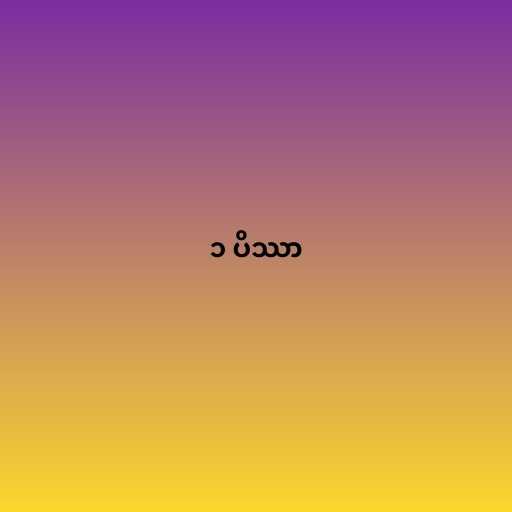
၁ ပိဿာ